65_HS1-834228961_62-HQ-83894_Section_8
Agency: FBI
Page 26
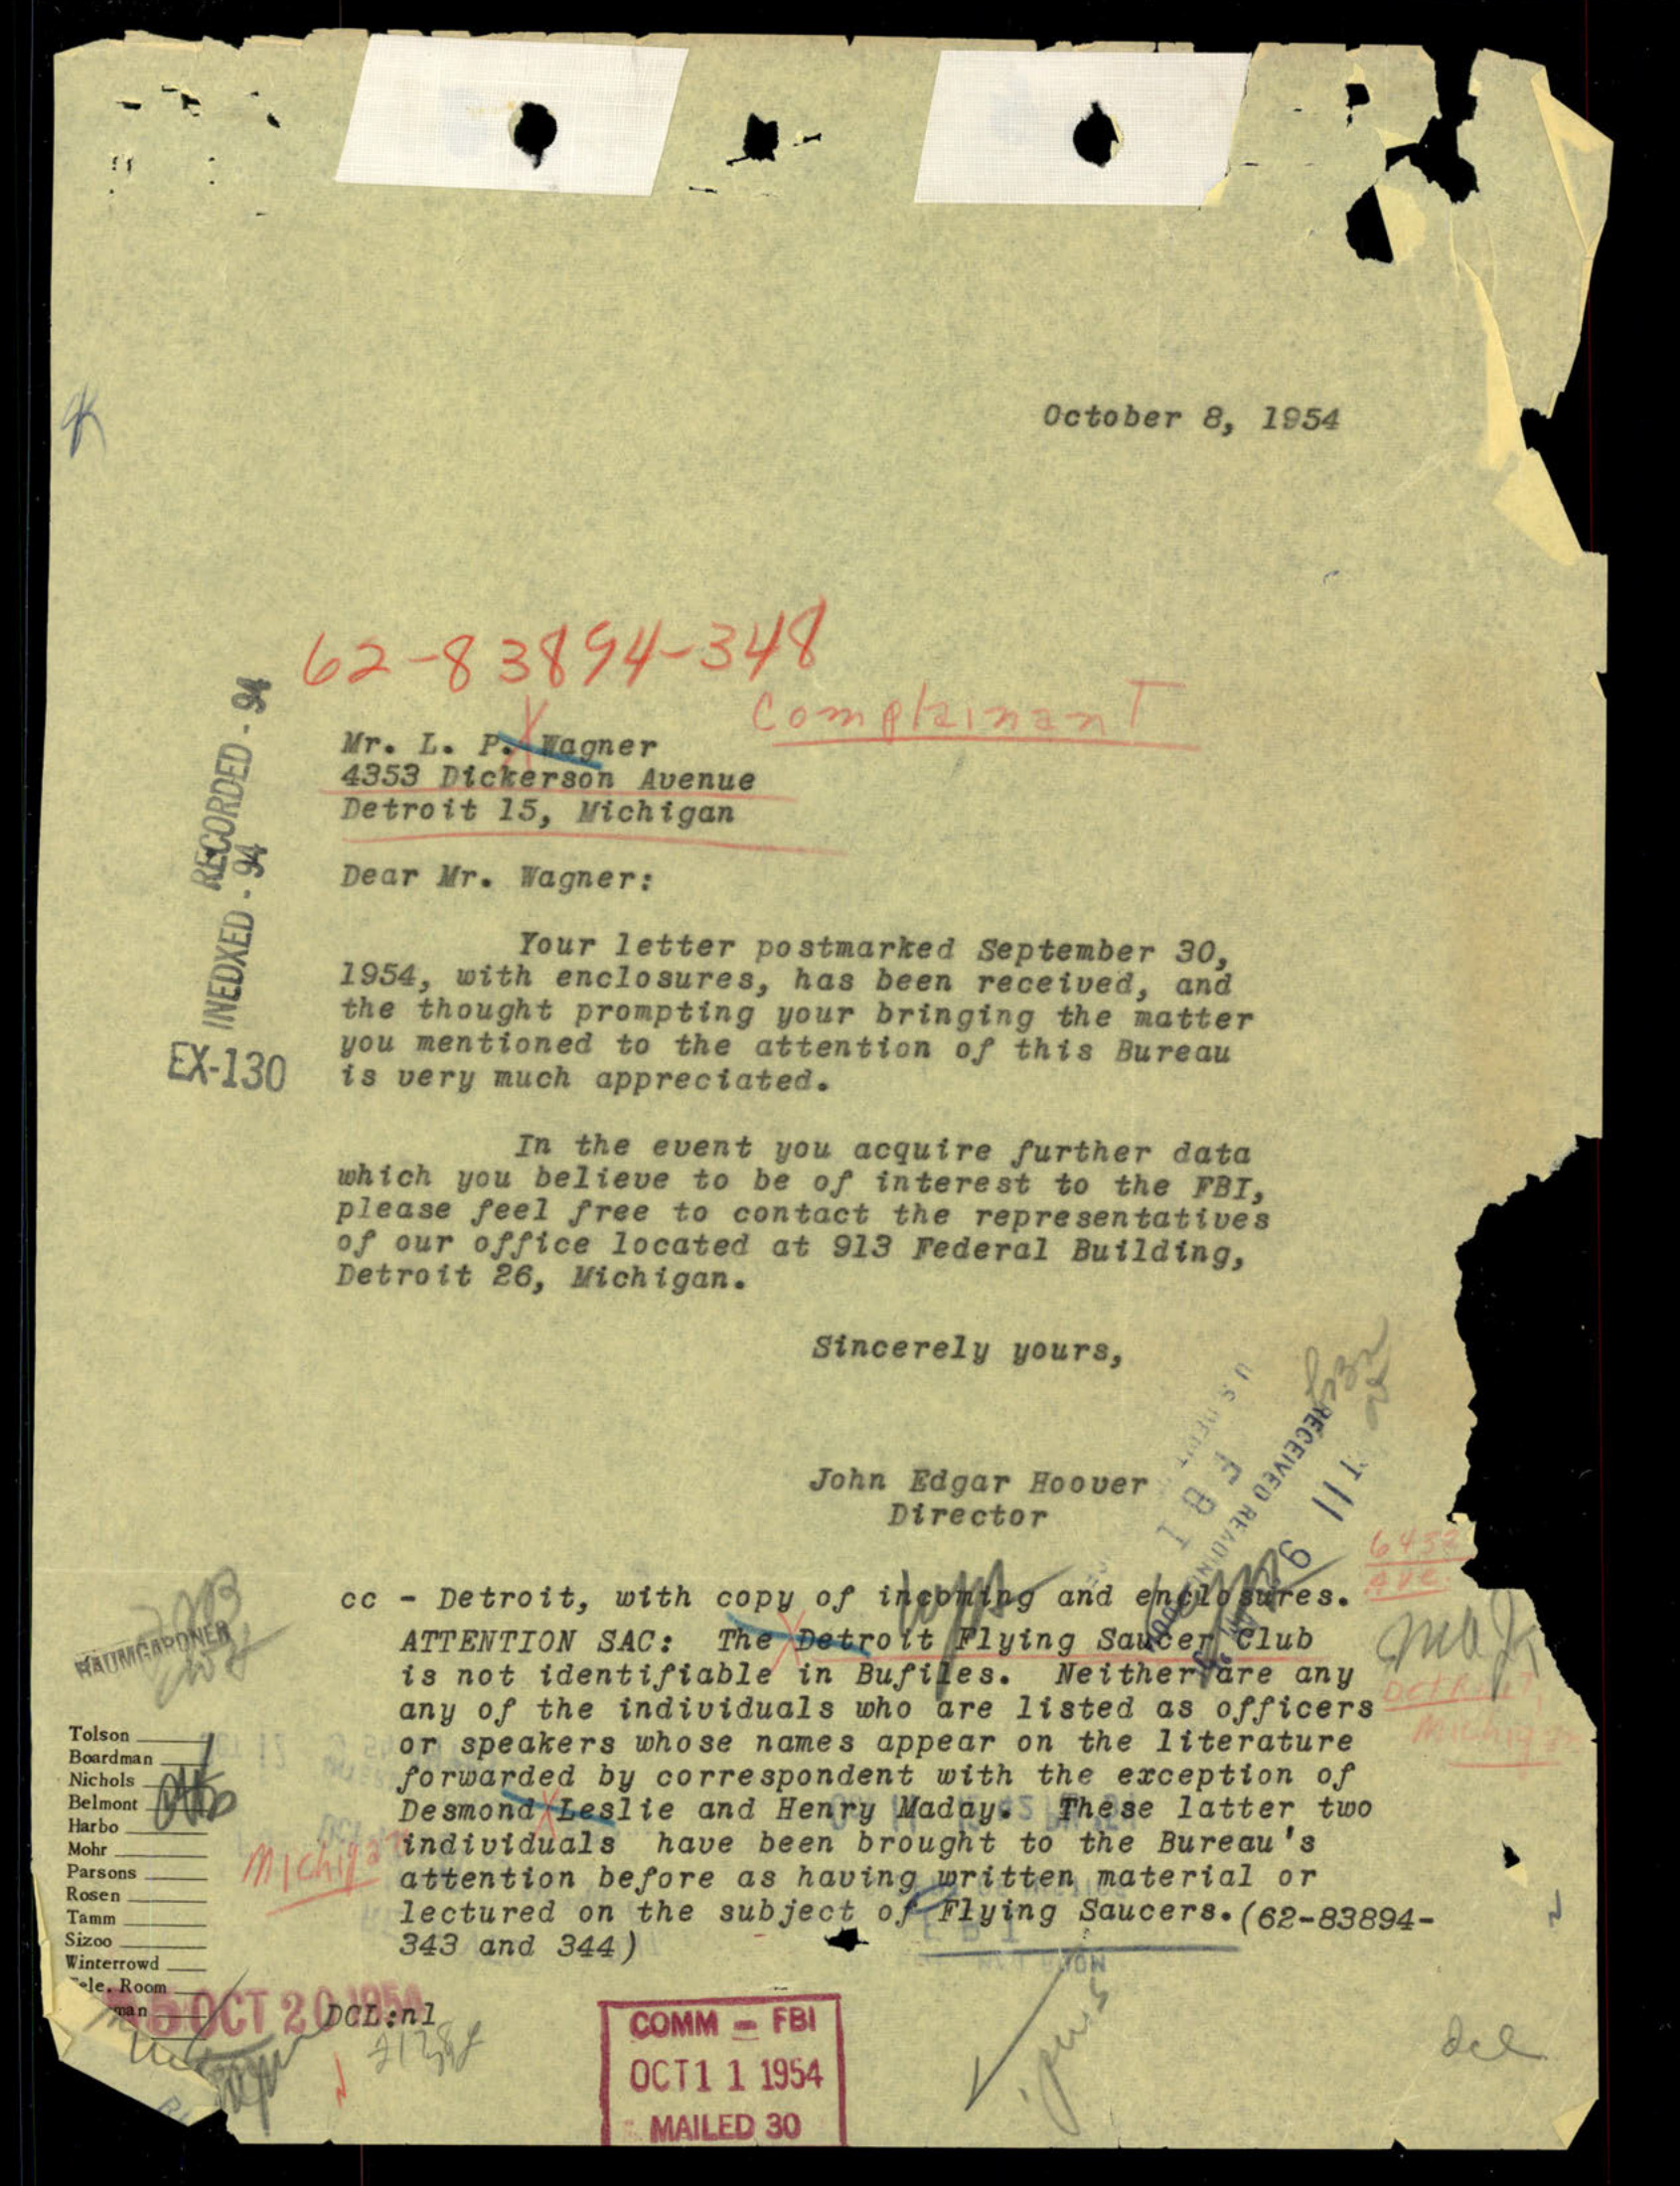